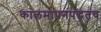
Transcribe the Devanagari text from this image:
कालमापनपद्धतच